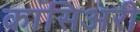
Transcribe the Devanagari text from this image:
कासिअरी